Papers set at the Examination for Leaving Certificates, 1894
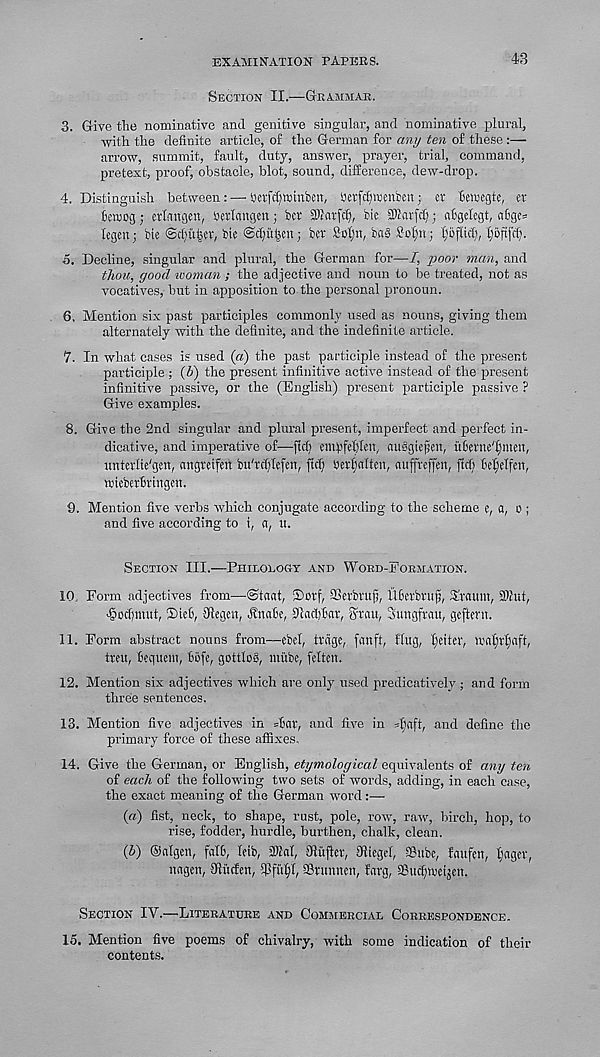
EXAMINATION PAPERS.
43
Section II.—Grammar.
3. Give the nominative and genitive singular, and nominative plural,
with the definite article, of the German for any ten of these :—
arrow, summit, fault, duty, answer, prayer, trial, command,
pretext, proof, obstacle, blot, sound, difference, dew-drop.
4. Distinguish between: — betfdjwtnben, aetfcfptsmbm; ct Hewegte, et
fetnog; ethmgett, betlangett; ber SPJatf^, bie SBarfc^; aBgelegt, a6gc=
legen; bie @d)u|er, bte Sc^itgcn; bet Sol;n, bag £of)n; l;of(icfj, l^oftfcfp
5. Decline, singular and plural, the German for—I, poo)' man, and
t/iou, good looman ; the adjective and noun to be treated, not as
vocatives, but in apposition to the personal pronoun.
6. Mention six past participles commonly used as nouns, giving them
alternately with the definite, and the indefinite article.
7. In what cases is used («) the past participle instead of the present
participle ; (b) the present infinitive active instead of the present
infinitive passive, or the (English) present participle passive ?
Give examples.
8. Give the 2nd singular and plural present, imperfect and perfect in-
dicative, and imperative of—fid) empfeblen, auggiejfett, itBem'fjmett,
unterlie'gen, angteifen bu'rdjicfen, fid) yerfjaitm, attfreffen, fid) Mjelfett,
wicbetBvingcn.
9. Mention five verbs which conjugate according to the scheme e, a, o ;
and five according to i, a, u.
Section III.—Philology and Word-Formation.
10. Form adjectives from—@taat, ©erf, SGetbruj), UGerbruf), ©vaunt, 3Sut,
‘god)ttutt, ©iefi, 3degen, ^nahe, 31ad)Bar, ffrau, Sungfrau, geftern.
11. Form abstract nouns from—ebcl, trngc, fnnft, Hug, Ifeitcr, mal;rf)aft,
treu, Beqvteut, Befe, gottlog, mitbe, felten.
12. Mention six adjectives which are only used predicatively ; and form
three sentences.
13. Mention five adjectives in =Bav, and five in sfjflft, and define the
primary force of these affixes,
14. Give the German, or English, etymological equivalents of any ten
of each of the following two sets of words, adding, in each case,
the exact meaning of the German word
(a) fist, neck, to shape, rust, pole, row, raw, birch, hop, to
rise, fodder, hurdle, burthen, chalk, clean.
(5) ©atgen, falB, leib, 2M, 3flufler, dliegel, 33ube, faufen, liagcv,
nagen, Sducfen, iPfii^I, IBrunnen, farg, Sud^eijen.
Section IV.—Literature and Commercial Correspondence.
15. Mention five poems of chivalry, with some indication of their
contents.